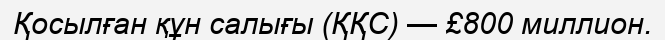
Қосылған құн салығы (ҚҚС) — £800 миллион.